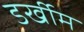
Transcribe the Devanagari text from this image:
डर्खीम